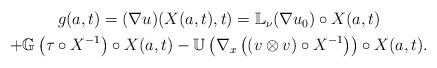
LaTeX: \begin{align*}\begin{gathered}g (a,t) = (\nabla u) (X(a,t), t) = \mathbb{L}_\nu (\nabla u_0) \circ X (a,t) \\ + \mathbb{G} \left (\tau \circ X^{-1} \right ) \circ X (a,t) - \mathbb{U} \left (\nabla_x \left ( ( v \otimes v ) \circ X^{-1} \right ) \right ) \circ X (a,t).\end{gathered}\end{align*}